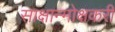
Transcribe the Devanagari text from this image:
साक्षान्मोक्षकरी